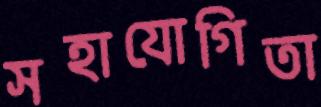
সহাযোগিতা